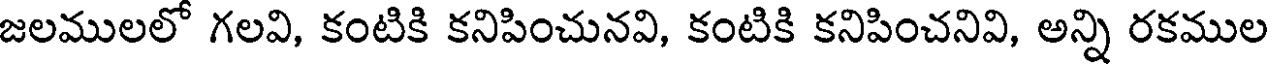
జలములలో గలవి, కంటికి కనిపించునవి, కంటికి కనిపించనివి, అన్ని రకముల